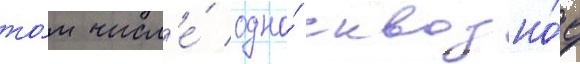
то́м числ'е́ одно́ сквозно́е